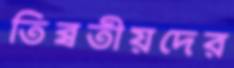
তিব্বতীয়দের